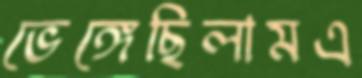
ভেঙ্গেছিলামএ